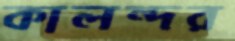
কালন্দর